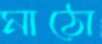
মাঠো